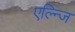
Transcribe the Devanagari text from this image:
एल्न्जि